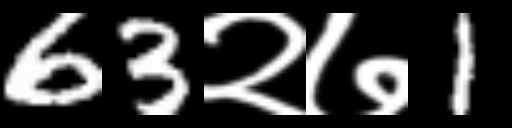
Text: 63२७1